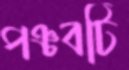
পঞ্চবটি